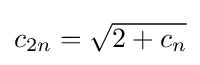
c_{2n}={\sqrt {2+c_{n}}}